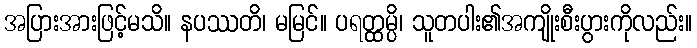
အပြားအားဖြင့်မသိ။ နပဿတိ၊ မမြင်။ ပရတ္ထမ္ပိ၊ သူတပါး၏အကျိုးစီးပွားကိုလည်း။